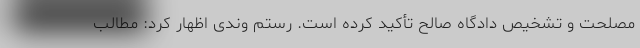
مصلحت و تشخیص دادگاه صالح تأکید کرده است. رستم وندی اظهار کرد: مطالب